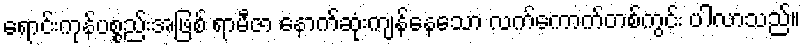
ရောင်းကုန်ပစ္စည်းအဖြစ် ရာမီဇာ နောက်ဆုံးကျန်နေသော လက်ကောက်တစ်ကွင်း ပါလာသည်။